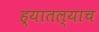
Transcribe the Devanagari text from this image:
ह्यातल्याच